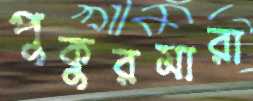
পুকুরমারা